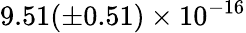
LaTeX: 9.51(\pm 0.51)\times 10^{-16}